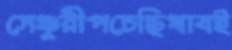
সেঞ্চুরীপচেছিখাবই